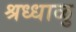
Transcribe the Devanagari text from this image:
श्रध्धाळु